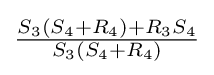
{\tfrac {S_{3}(S_{4}+R_{4})+R_{3}S_{4}}{S_{3}(S_{4}+R_{4})}}